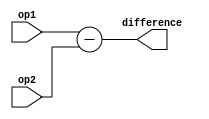
`timescale 1ns / 1ps
`default_nettype none

//////////////////////////////////////////////////////////////////////////////////
// Company: 
// Engineer: 
// 
// Design Name: 
// Module Name:    arith18_sub 
// Project Name: 
// Target Devices: 
// Tool versions: 
// Description: 
//
// Dependencies: 
//
// Revision: 
// Revision 0.01 - File Created
// Additional Comments: 
//
//////////////////////////////////////////////////////////////////////////////////
module arith18_sub(
    input wire [17:0] op1,
	input wire [17:0] op2,
    output wire [17:0] difference
    );
    
    assign difference = op1 - op2;

endmodule